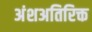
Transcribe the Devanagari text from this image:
अंशअतिरिक्त